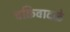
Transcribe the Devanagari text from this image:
चक्रिवादळे